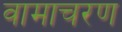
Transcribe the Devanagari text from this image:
वामाचरण